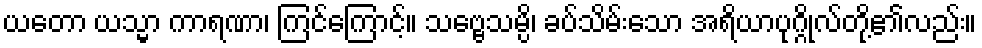
ယတော ယသ္မာ ကာရဏာ၊ ကြင်ကြောင့်။ သဗ္ဗေသမ္ပိ၊ ခပ်သိမ်းသော အရိယာပုဂ္ဂိုလ်တို့၏လည်း။